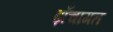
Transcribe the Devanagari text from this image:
ढ़ाँचागत